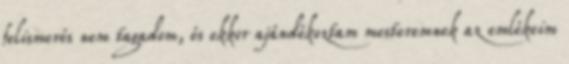
felismerés nem tagadom, és ekkor ajándékoztam mesteremnek az emlékeim